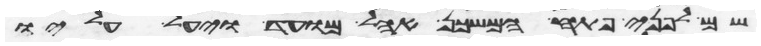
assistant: שם לפני פתח המשכן אהל מועד ויעל עליו